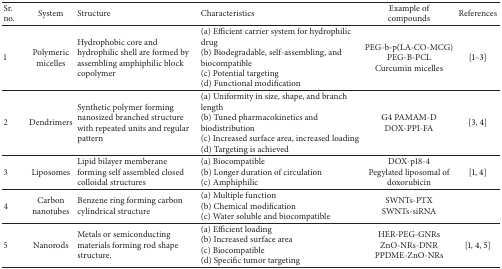
<table><thead><tr><td><b>Sr. no.</b></td><td><b>System</b></td><td><b> Structure</b></td><td><b>Characteristics </b></td><td><b>Example of compounds</b></td><td><b>References</b></td></tr></thead><tbody><tr><td>1</td><td>Polymeric micelles</td><td>Hydrophobic core and hydrophilic shell are formed by assembling amphiphilic block copolymer</td><td>(a) Efficient carrier system for hydrophilic drug(b) Biodegradable, self-assembling, and biocompatible(c) Potential targeting(d) Functional modification</td><td>PEG-b-p(LA-CO-MCG)PEG-B-PCLCurcumin micelles</td><td>[1–3]</td></tr><tr><td>2</td><td>Dendrimers</td><td>Synthetic polymer forming nanosized branched structure with repeated units and regular pattern</td><td>(a) Uniformity in size, shape, and branch length(b) Tuned pharmacokinetics and biodistribution(c) Increased surface area, increased loading(d) Targeting is achieved</td><td>G4 PAMAM-DDOX-PPI-FA</td><td>[3, 4]</td></tr><tr><td>3</td><td>Liposomes </td><td>Lipid bilayer memberane forming self assembled closed colloidal structures</td><td>(a) Biocompatible(b) Longer duration of circulation(c) Amphiphilic</td><td>DOX-p18-4Pegylated liposomal of doxorubicin</td><td>[1, 4]</td></tr><tr><td>4</td><td>Carbon nanotubes</td><td>Benzene ring forming carbon cylindrical structure</td><td>(a) Multiple function (b) Chemical modification(c) Water soluble and biocompatible</td><td>SWNTs-PTXSWNTs-siRNA</td><td> </td></tr><tr><td>5</td><td>Nanorods</td><td>Metals or semiconducting materials forming rod shape structure.</td><td>(a) Efficient loading(b) Increased surface area(c) Biocompatible(d) Specific tumor targeting</td><td>HER-PEG-GNRsZnO-NRs-DNRPPDME-ZnO-NRs</td><td>[1, 4, 5]</td></tr></tbody></table>